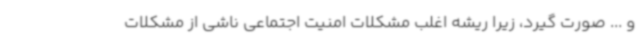
و ... صورت گیرد، زیرا ریشه اغلب مشکلات امنیت اجتماعی ناشی از مشکلات